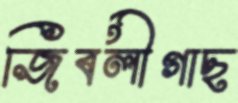
জিবলীগাছ